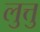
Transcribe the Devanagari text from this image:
लुत्तु